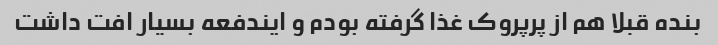
بنده قبلا هم از پرپروک غذا گرفته بودم و ایندفعه بسیار افت داشت